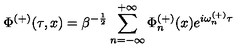
\Phi ^ { ( + ) } ( \tau , x ) = \beta ^ { - \frac { 1 } { 2 } } \sum _ { n = - \infty } ^ { + \infty } \Phi _ { n } ^ { ( + ) } ( x ) e ^ { i \omega _ { n } ^ { ( + ) } \tau }